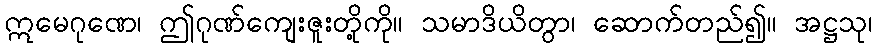
ဣမေဂုဏေ၊ ဤဂုဏ်ကျေးဇူးတို့ကို။ သမာဒိယိတွာ၊ ဆောက်တည်၍။ အဋ္ဌသု၊